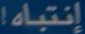
إنتباه